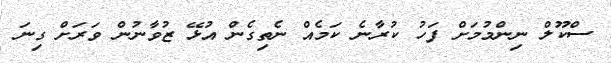
ސްކޫލް ނިންމުމަށް ފަހު ކުރާނެ ކަމެއް ނެތިގެން އުޅޭ ޒުވާނުން ވަރަށް ގިނަ